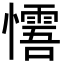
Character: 𢤓